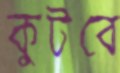
কুটবে